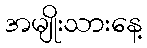
အမျိုးသားနေ့